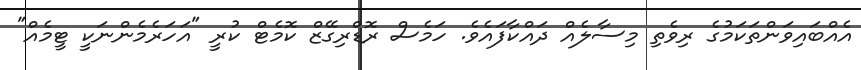
އެއްބައިވަންތަކަމުގެ ރިވެތި މިސާލެއް ދައްކާފައެވެ. ހަމެސް ރޮޑްރިގޭޒް ކޮމެޓް ކުރީ "އަހަރެމެންނަކީ ޓީމެއް"